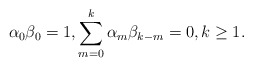
\begin{align*}\alpha_0 \beta_0 =1, \sum_{m=0}^{k} \alpha_{m}\beta_{k-m}=0, k \geq 1.\end{align*}